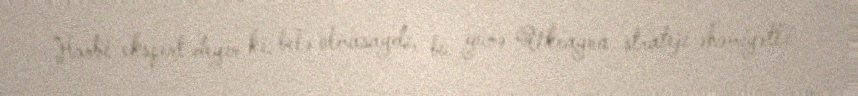
Hərbi ekspert deyir ki, belə olmasaydı, bu günə Ukrayna strateji əhəmiyətli